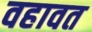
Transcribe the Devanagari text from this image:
वहावत